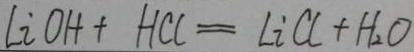
l i o H + H C l = L i C l + H _ { 2 } O